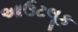
આઉટલૂક